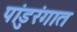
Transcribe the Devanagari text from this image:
पांडुरंगात